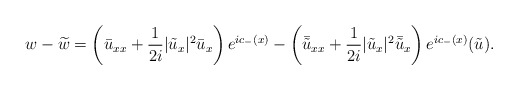
\begin{align*}w-\widetilde{w}=\left(\bar{u}_{xx}+\frac{1}{2 i}|\tilde{u}_x|^2 \bar{u}_x\right)e^{ic_-(x)}-\left(\bar{\tilde{u}}_{xx}+\frac{1}{2i}|\tilde{u}_x|^2 \bar{\tilde{u}}_x\right) e^{ic_-(x)}(\tilde{u}).\end{align*}